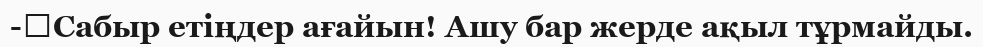
-	Сабыр етіңдер ағайын! Ашу бар жерде ақыл тұрмайды.